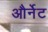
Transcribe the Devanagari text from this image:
और्नेट